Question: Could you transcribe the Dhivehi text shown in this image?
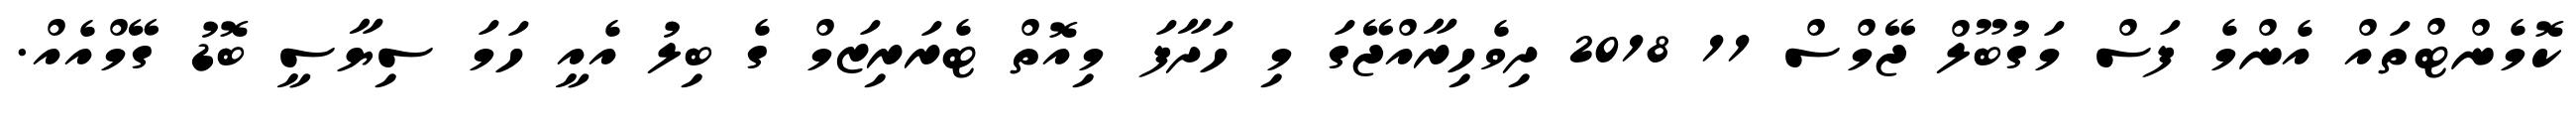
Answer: ކޮމެންޓްތައް އެންމެ ފަސް މަގުބޫލް ޖޭމްސް 11 2018 ދިވެހިރާއްޖޭގަ މި ހަދާފަ މިއޮތް ޓެރަރިޒަމް ގެ ބިލު އެއީ ހަމަ ސިޔާސީ ބޮޑު ގޭމްއެއް.